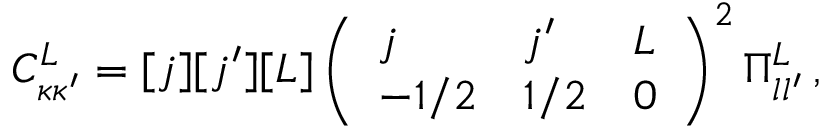
C _ { \kappa \kappa ^ { \prime } } ^ { L } = [ j ] [ j ^ { \prime } ] [ L ] \left( \begin{array} { l l l } { j } & { j ^ { \prime } } & { L } \\ { - 1 / 2 } & { 1 / 2 } & { 0 } \end{array} \right) ^ { 2 } \Pi _ { l l ^ { \prime } } ^ { L } \, ,